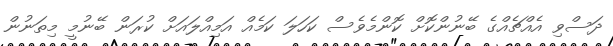
ދަސްވި އެއްޗެއްގެ ބޭނުންކޮށް ކޮންމެވެސް ކަހަލަ ކަމެއް އަމިއްލައަށް ކުރަން ބޭނުމީ މިތަނުން